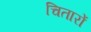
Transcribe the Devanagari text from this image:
चितारों